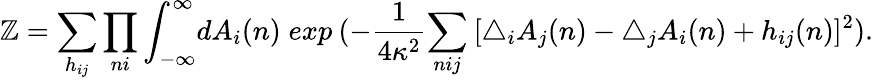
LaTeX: \mathbb{Z}=\sum_{h_{ij}}\prod_{ni}\int_{-\infty}^{\infty}\! dA_{i}(n)\; exp\: (-\frac{{1}}{{4\kappa^{2}}}{\sum_{nij}\: [\bigtriangleup_{i}A_{j}(n)-\bigtriangleup_{j}A_{i}(n)+h_{ij}(n)]^{2}}).